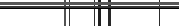
١٦